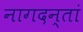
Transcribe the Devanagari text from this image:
नागदन्तां